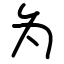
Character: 为